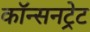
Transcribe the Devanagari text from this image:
कॉन्सनट्रेट